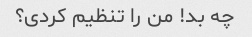
چه بد! من را تنظیم کردی؟